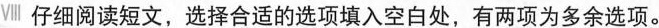
Ⅷ 仔细阅读短文,选择合适的选项填入空白处,有两项为多余选项.